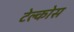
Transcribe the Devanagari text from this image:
टेल्कोस